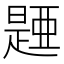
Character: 𣊰